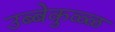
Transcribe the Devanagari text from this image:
उब्बेकुळ्ळ